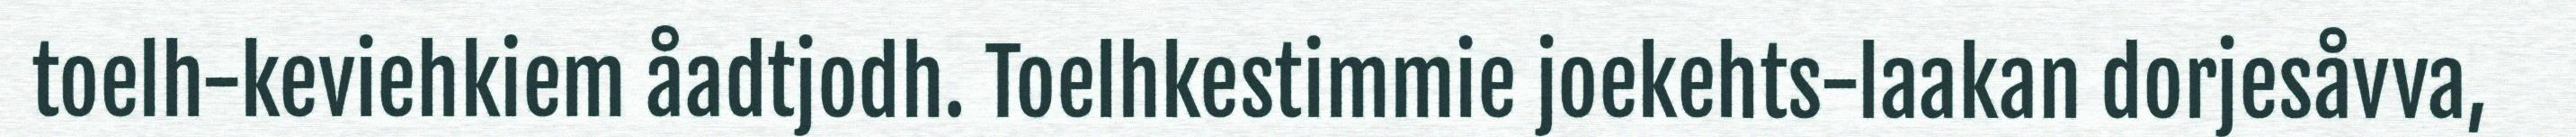
toelh-keviehkiem åadtjodh. Toelhkestimmie joekehts-laakan dorjesåvva,